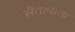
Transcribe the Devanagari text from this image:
सैतानाला